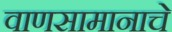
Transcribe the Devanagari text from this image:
वाणसामानाचे